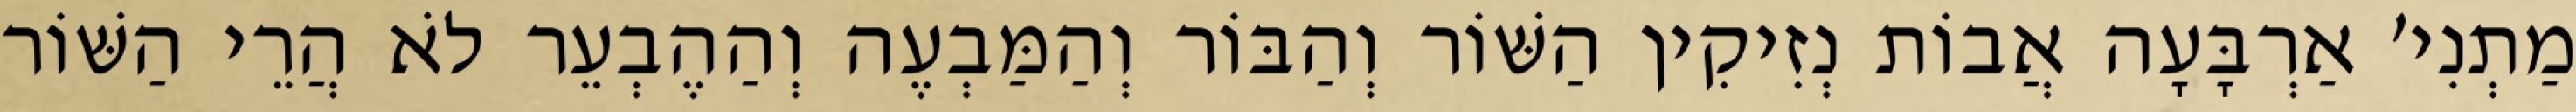
מַתְנִי׳ אַרְבָּעָה אֲבוֹת נְזִיקִין הַשּׁוֹר וְהַבּוֹר וְהַמַּבְעֶה וְהַהֶבְעֵר לֹא הֲרֵי הַשּׁוֹר